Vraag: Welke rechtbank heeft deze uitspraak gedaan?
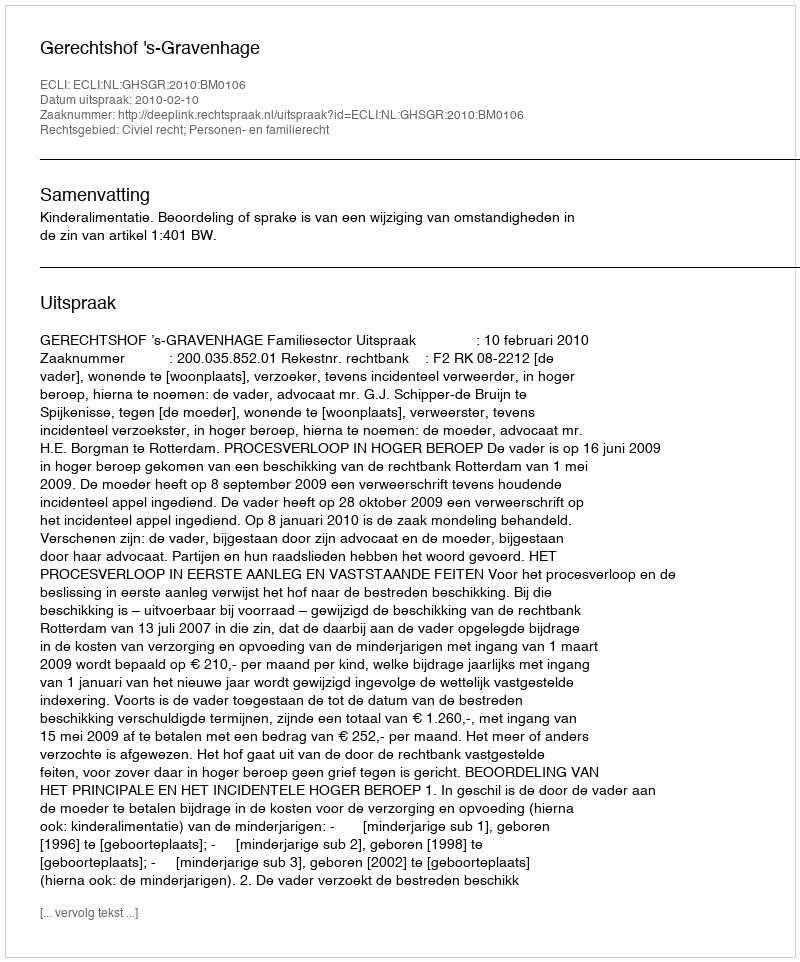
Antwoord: Gerechtshof 's-Gravenhage